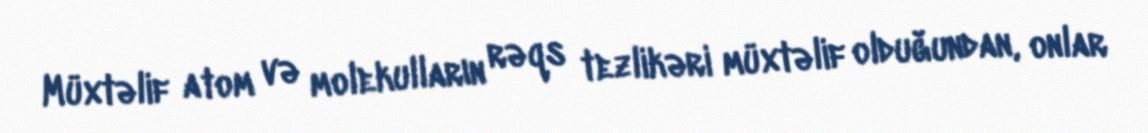
Müxtəlif atom və molekulların rəqs tezlikəri müxtəlif olduğundan, onlar